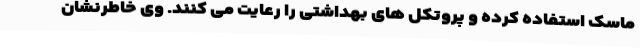
ماسک استفاده کرده و پروتکل های بهداشتی را رعایت می کنند. وی خاطرنشان